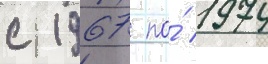
с 1967 по́ 1974